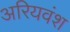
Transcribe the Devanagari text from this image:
अरियवंश